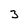
Character: 3